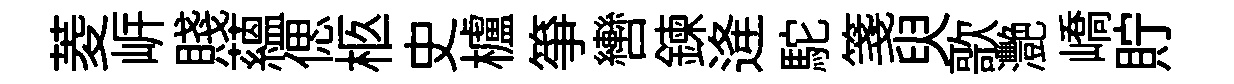
菱㟁賤藴偲柩史櫨箏轡鍊逄駝箋臾歌灧嶠貯